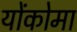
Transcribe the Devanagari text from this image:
योंकोमा